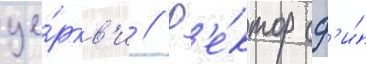
це́ркв'и // Р'е́ктор сф'и́